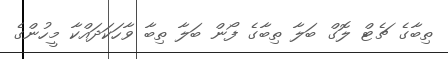
ތިބާގެ ޗެޓް ލޮގް ބަލާ ތިބާގެ ފޯން ބަލާ ތިބާ ވާހަކަދައްކާ މީހުންގެ